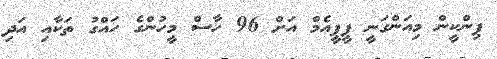
ޕިންކީން މިއަންގަނީ ޕީޕީއެމް އަށް 96 ހާސް މީހުންގެ ހައްގު ތަކާއި އަދި